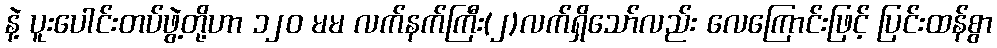
နဲ့ ပူးပေါင်းတပ်ဖွဲ့တို့ဟာ ၁၂၀ မမ လက်နက်ကြီး(၂)လက်ရှိသော်လည်း လေကြောင်းဖြင့် ပြင်းထန်စွာ